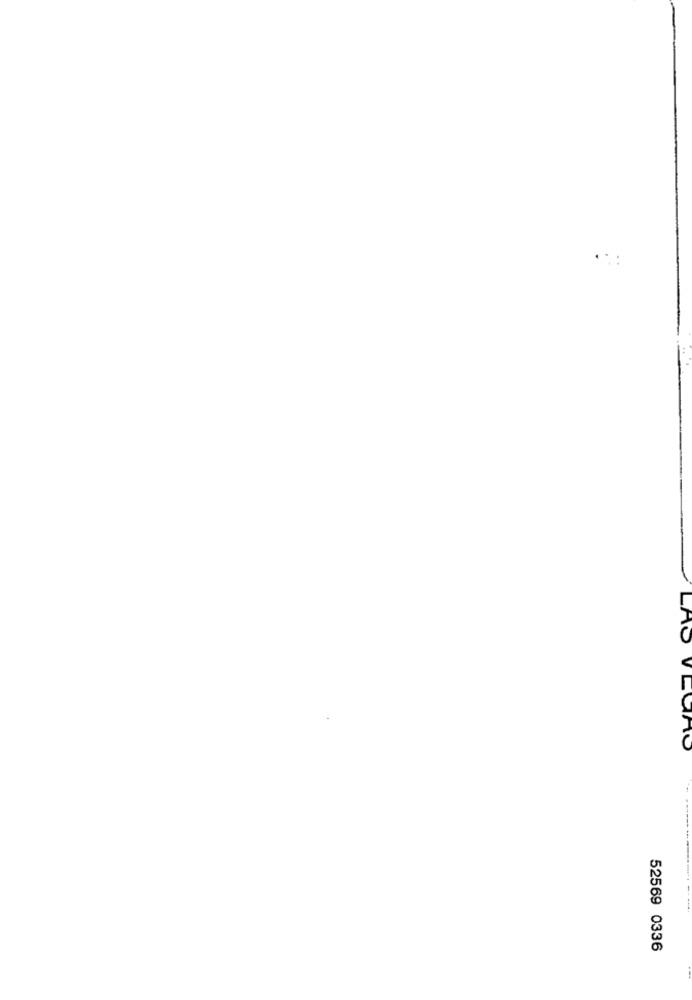
LAS V LORO
52569 0336